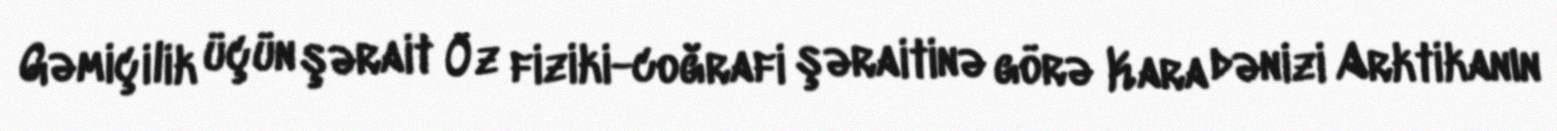
Gəmiçilik üçün şərait Öz fiziki-coğrafi şəraitinə görə Kara dənizi Arktikanın